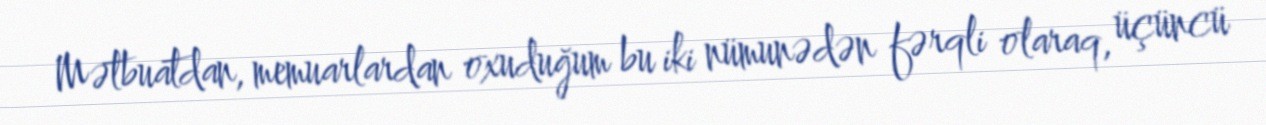
Mətbuatdan, memuarlardan oxuduğum bu iki nümunədən fərqli olaraq, üçüncü